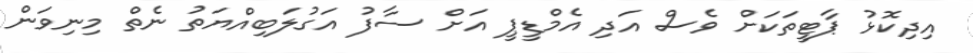
އިދިކޮޅު ޕާޓީތަކަށް ވެސް އަދި އެމްޑީޕީ އަށް ސާފު އަގުލަބިއްޔަތު ނެތް މިނިވަން